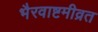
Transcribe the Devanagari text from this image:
भैरवाष्टमीव्रत